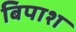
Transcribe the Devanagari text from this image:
बिपाश